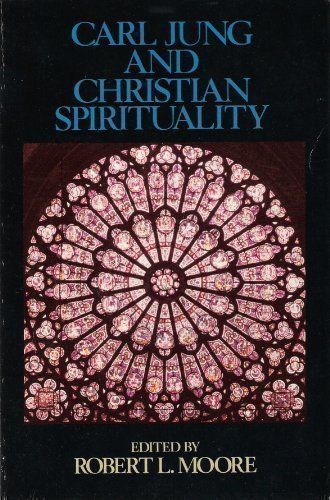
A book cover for Carl Jung and Christian Spirituality; Religion & Spirituality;